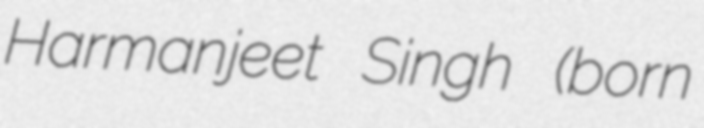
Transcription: Harmanjeet Singh (born